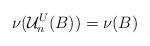
LaTeX: \begin{align*}\nu(\mathcal{U}_n^U(B))=\nu(B)\end{align*}